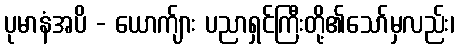
ပုမာနံအပိ - ယောက်ျား ပညာရှင်ကြီးတို့၏သော်မှလည်း၊